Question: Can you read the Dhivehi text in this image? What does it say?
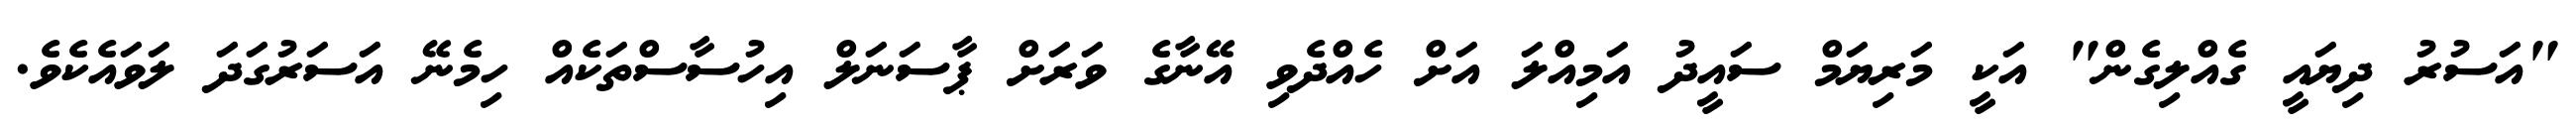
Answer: "އަސުރު ދިޔައީ ގެއްލިގެން" އަކީ މަރިޔަމް ސައީދު އަމިއްލަ އަށް ހެއްދެވި އޭނާގެ ވަރަށް ޕާސަނަލް އިހުސާސްތަކެއް ހިމެނޭ އަސަރުގަދަ ލަވައެކެވެ.